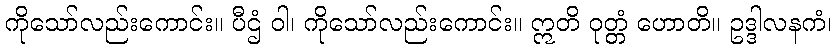
ကိုသော်လည်းကောင်း။ ပီဌံ ဝါ၊ ကိုသော်လည်းကောင်း။ ဣတိ ဝုတ္တံ ဟောတိ။ ဥဒ္ဒါလနကံ၊